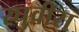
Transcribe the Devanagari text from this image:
रघुवीरा